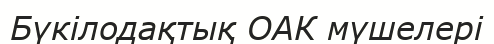
Бүкілодақтық ОАК мүшелері